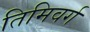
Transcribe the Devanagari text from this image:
तिमिवर्ग